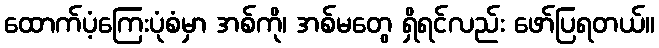
ထောက်ပံ့ကြေးပုံစံမှာ အစ်ကို၊ အစ်မတွေ ရှိရင်လည်း ဖော်ပြရတယ်။